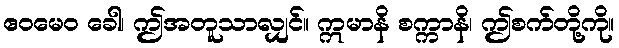
ဧဝမေဝ ခေါ၊ ဤအတူသာလျှင်။ ဣမာနိ စက္ကာနိ၊ ဤစက်တို့ကို။